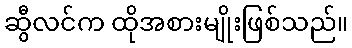
ဆွီလင်က ထိုအစားမျိုးဖြစ်သည်။